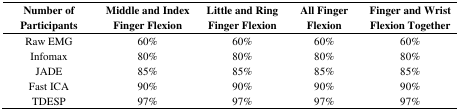
<table><thead><tr><td><b>Number of Participants</b></td><td><b>Middle and Index Finger Flexion</b></td><td><b>Little and Ring Finger Flexion</b></td><td><b>All Finger Flexion</b></td><td><b>Finger and Wrist Flexion Together</b></td></tr></thead><tbody><tr><td>Raw EMG</td><td>60%</td><td>60%</td><td>60%</td><td>60%</td></tr><tr><td>Infomax</td><td>80%</td><td>80%</td><td>80%</td><td>80%</td></tr><tr><td>JADE</td><td>85%</td><td>85%</td><td>85%</td><td>85%</td></tr><tr><td>Fast ICA</td><td>90%</td><td>90%</td><td>90%</td><td>90%</td></tr><tr><td>TDESP</td><td>97%</td><td>97%</td><td>97%</td><td>97%</td></tr></tbody></table>